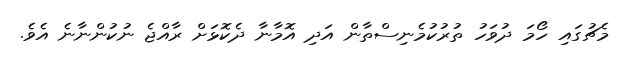
މެޗުގައި ހޯމަ ދުވަހު ތުރުކުމެނިސްތާން އަދި އޮމާނާ ދެކޮޅަށް ރާއްޖެ ނުކުންނާނެ އެވެ.